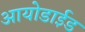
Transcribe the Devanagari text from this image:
आयोडाईड